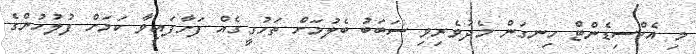
މި އެކްސިޑެންޓް ހިނގަން މެދުވެރިވި ސަބަބު ބެލުމަށް ތަހުގީގެއް ފަށާފައިވާ ކަމަށް ފުލުހުންގެ